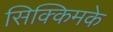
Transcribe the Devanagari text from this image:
सिक्किमके